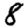
Digit: 8